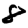
Digit: 8